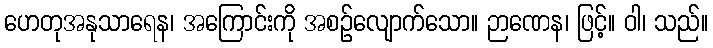
ဟေတုအနုသာရေန၊ အကြောင်းကို အစဉ်လျောက်သော။ ဉာဏေန၊ ဖြင့်။ ဝါ၊ သည်။